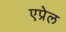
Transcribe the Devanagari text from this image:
एप्रेल